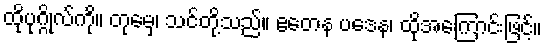
ထိုပုဂ္ဂိုလ်ကို။ တုမှေ၊ သင်တို့သည်။ ဧတေန ပဒေန၊ ထိုအကြောင်းဖြင့်။